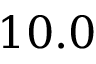
1 0 . 0